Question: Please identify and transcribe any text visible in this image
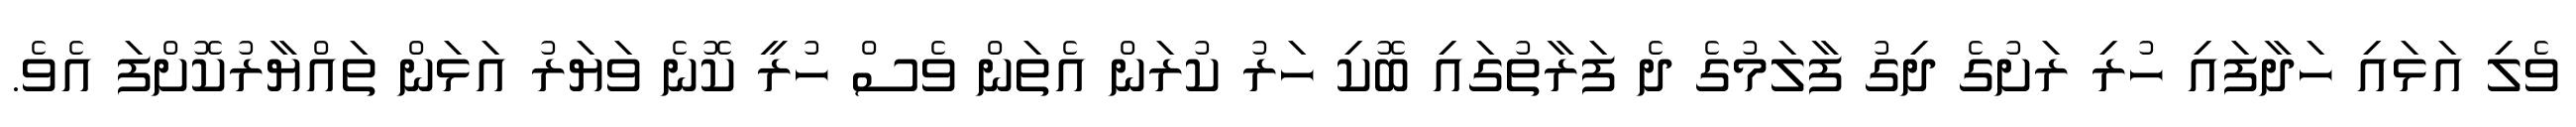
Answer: ވެލި އަޅައި ހަދާފައި ހުރި ރަށުގެ ދިގު ފާލަމުގެ ދެ ފަރާތުގައި ބޮކި ހަރު ކުރަން އެތަން ވެސް ހުރީ ކޮނެ ވަޔަރު އަޅަން ތައްޔާރުކޮށްފަ އެވެ.